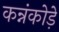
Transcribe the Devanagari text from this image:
कन्नंकोड़े